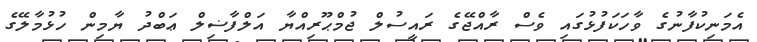
އެމަނިކުފާނުގެ ވާހަކަފުޅުގައި ވެސް ރާއްޖޭގެ ރައީސުލް ޖުމްޙޫރިއްޔާ އަލްފާޟިލް ޢަބްދު ޔާމިން ހުޅުމާލޭގެ